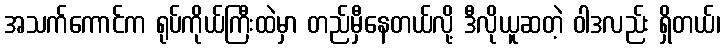
အသက်ကောင်က ရုပ်ကိုယ်ကြီးထဲမှာ တည်မှီနေတယ်လို့ ဒီလိုယူဆတဲ့ ဝါဒလည်း ရှိတယ်၊